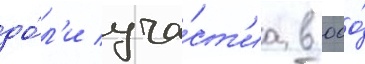
до́л'и уча́ст'иа в ооо́